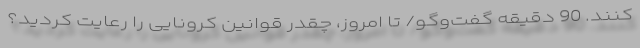
کنند. 90 دقیقه گفت‌وگو/ تا امروز، چقدر قوانین کرونایی را رعایت کردید؟